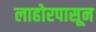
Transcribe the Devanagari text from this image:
लाहोरपासून